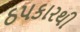
ઠપકારથી